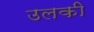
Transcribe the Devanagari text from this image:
उलकी